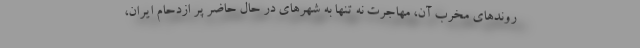
روندهای مخرب آن، مهاجرت نه تنها به شهرهای در حال حاضر پر ازدحام ایران،